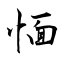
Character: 愐